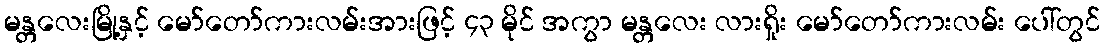
မန္တလေးမြို့နှင့် မော်တော်ကားလမ်းအားဖြင့် ၄၃ မိုင် အကွာ မန္တလေး လားရှိုး မော်တော်ကားလမ်း ပေါ်တွင်